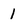
Character: 1